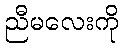
ညီမလေးကို